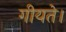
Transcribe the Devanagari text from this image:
गीयते।